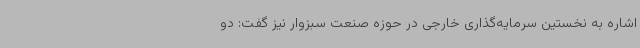
اشاره به نخستین سرمایه‌گذاری خارجی در حوزه صنعت سبزوار نیز گفت: دو